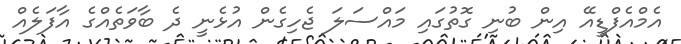
އެމްއެފްޑީއޭ އިން ބުނި ގޮތުގައި މައްސަލަ ޖެހިގެން އުޅެނީ ދެ ބާވަތެއްގެ އާފަލެއް